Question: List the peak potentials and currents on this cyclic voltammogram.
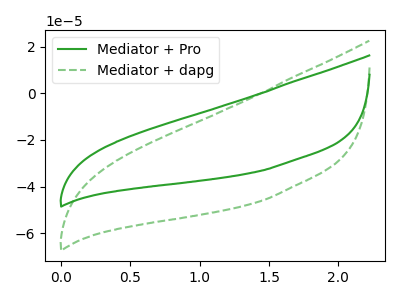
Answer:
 <answer>The green curve "Mediator + Pro" has no peaks. The green dashed curve "Mediator + dapg" has no peaks.</answer>
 <eval></eval>